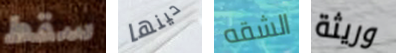
سقط حينها الشقه وريثة